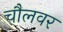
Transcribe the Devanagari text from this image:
चौलवर